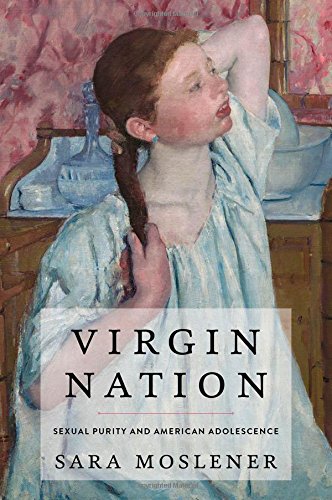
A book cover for Virgin Nation: Sexual Purity and American Adolescence; Sara Moslener; Religion & Spirituality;